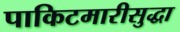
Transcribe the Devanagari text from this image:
पाकिटमारीसुद्धा